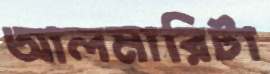
আলমারিটা